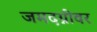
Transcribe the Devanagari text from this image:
जमदग्नीवर